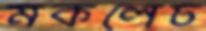
মকলেচ